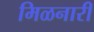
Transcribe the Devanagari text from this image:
मिळनारी